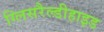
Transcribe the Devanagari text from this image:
ग्लिसरैल्डीहाइड